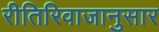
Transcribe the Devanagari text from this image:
रीतिरिवाजानुसार